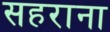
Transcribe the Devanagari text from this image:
सहराना